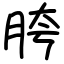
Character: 胯